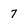
Character: 7